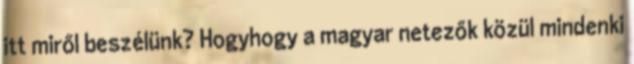
itt miről beszélünk? Hogyhogy a magyar netezők közül mindenki